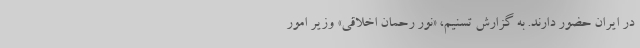
در ایران حضور دارند. به گزارش تسنیم، «نور رحمان اخلاقی» وزیر امور